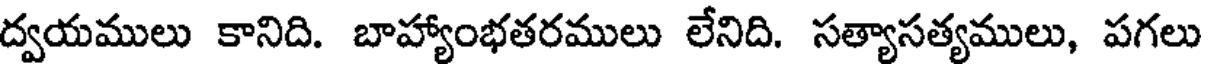
ద్వయములు కానిది. బాహ్యాంభతరములు లేనిది. సత్యాసత్యములు, పగలు